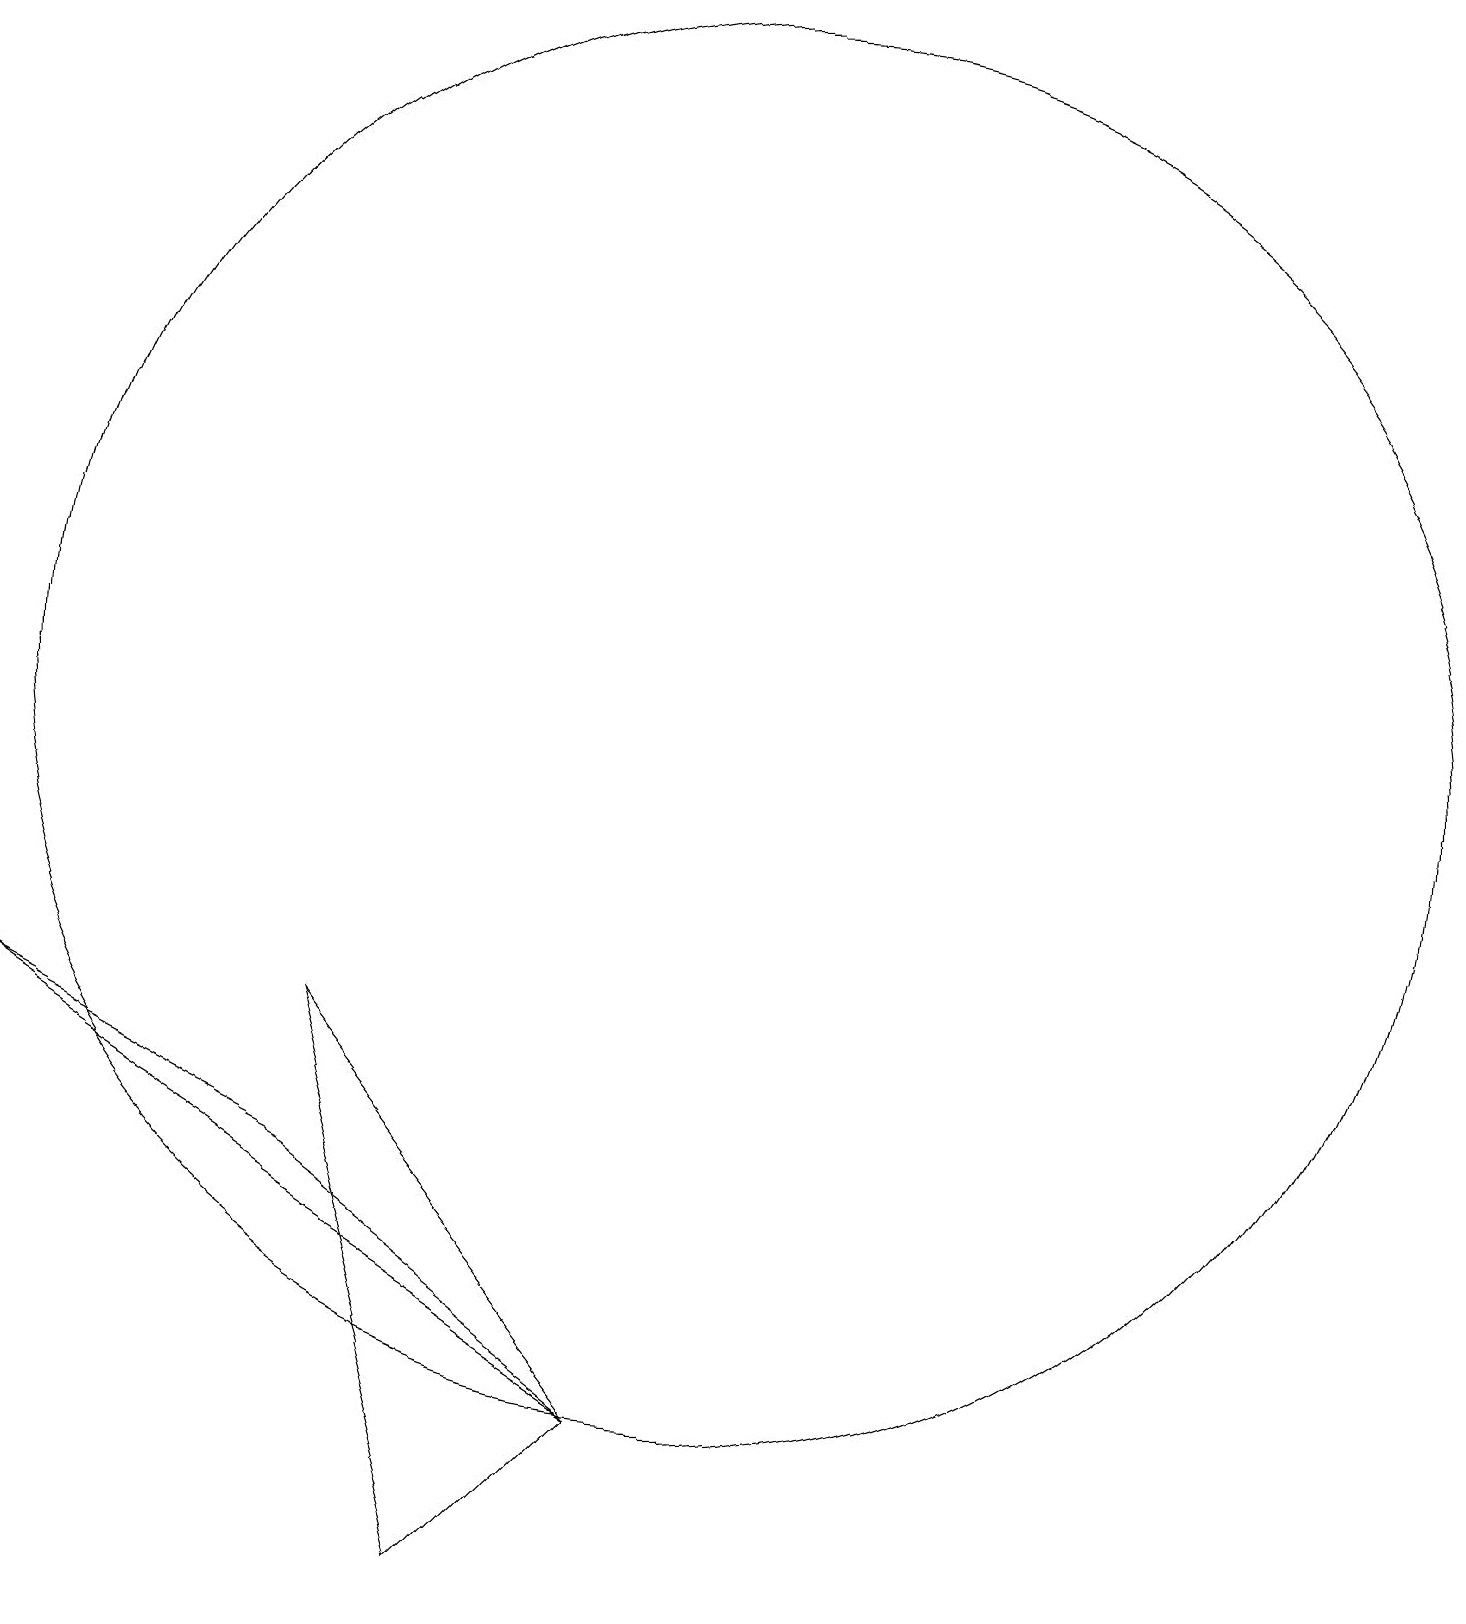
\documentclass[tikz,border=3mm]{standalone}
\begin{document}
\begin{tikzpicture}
\draw (10,11) circle (9);
\draw (5,7) -- (7,0) -- (9,2) -- cycle;
\draw (5,5) -- (1,7) -- (9,2) -- cycle;
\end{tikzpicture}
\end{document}